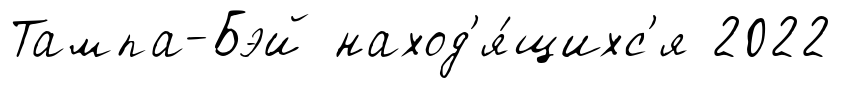
Тампа-Бэй наход'я́щихс'я 2022